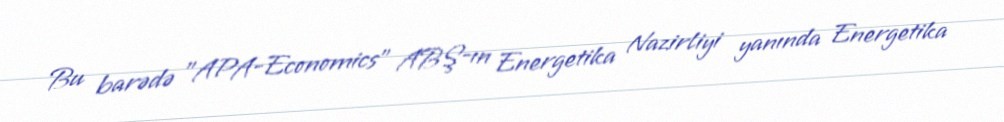
Bu barədə "APA-Economics" ABŞ-ın Energetika Nazirliyi yanında Energetika